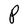
Character: P